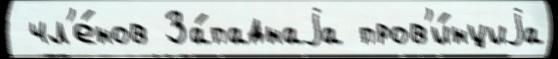
 чл'е́нов За́паднаjа пров'и́нциjа